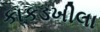
કાકડખીલા